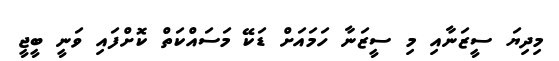
މިދިޔަ ސީޒަނާއި މި ސީޒަނާ ހަމައަށް ޑަކޭ މަސައްކަތް ކޮށްފައި ވަނީ ބީޖީ